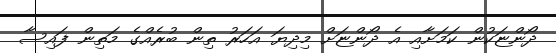
ދޯންޏަކުން ކަމަށާއި އެ ދޯންޏަށް މިދިޔަ އަހަރު ތިން ބުރެއްގެ މަތިން ފައިސާ